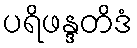
ပရိဖန္ဒတိဒံ